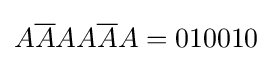
A{\overline {A}}AA{\overline {A}}A=010010